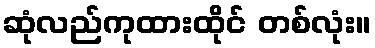
ဆုံလည်ကုထားထိုင် တစ်လုံး။